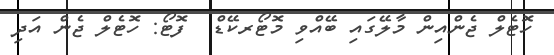
ހޮޓެލް ޖެންއިން މާލޭގައި ބޭއްވި މޮޓޯރކޭޑް  ފޮޓޯ: ހޮޓެލް ޖެން އަދި